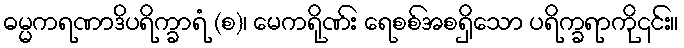
ဓမ္မကရဏာဒိပရိက္ခာရံ (စ)၊ မေကရိုဏ်း ရေစစ်အစရှိသော ပရိက္ခရာကို၎င်း။